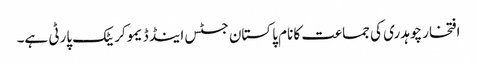
افتخار چوہدری کی جماعت کا نام پاکستان جسٹس اینڈ ڈیموکریٹک پارٹی ہے۔